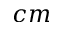
c m